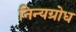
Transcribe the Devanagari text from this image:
निन्यग्रोध